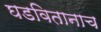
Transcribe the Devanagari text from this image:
घडवितानाच